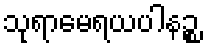
သုရာမေရယပါနဉ္စ